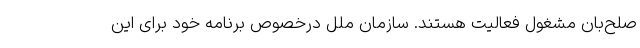
صلح‌بان مشغول فعالیت هستند. سازمان ملل درخصوص برنامه خود برای این